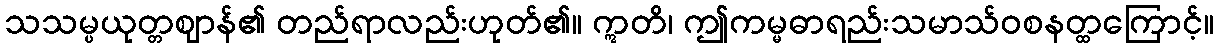
သသမ္ပယုတ္တဈာန်၏ တည်ရာလည်းဟုတ်၏။ ဣတိ၊ ဤကမ္မဓာရည်းသမာသ်ဝစနတ္ထကြောင့်။